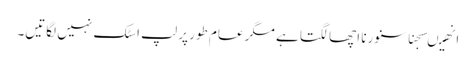
انھیںسجنا سنورنا اچھا لگتا ہے مگر عام طور پر لپ اسٹک نہیں لگاتیں۔